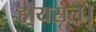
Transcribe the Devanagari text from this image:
होयसल।